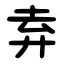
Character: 弆